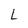
Character: L